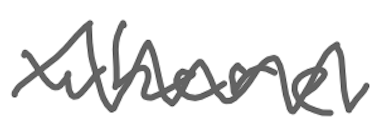
Text: where
Cross-out: zig-zag
Writing tool: digital_gray